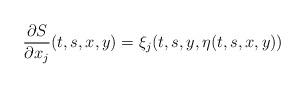
LaTeX: \begin{align*}\frac{\partial S}{\partial x_j}(t,s,x,y)=\xi_j(t,s,y,\eta(t,s,x,y))\end{align*}